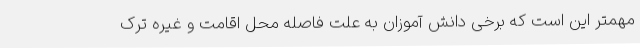
مهمتر این است که برخی دانش آموزان به علت فاصله محل اقامت و غیره ترک